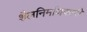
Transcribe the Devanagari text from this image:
शैलनिर्माणकारी